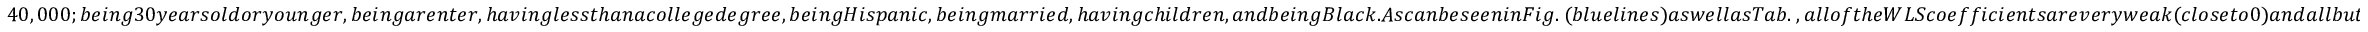
4 0 , 0 0 0 ; b e i n g 3 0 y e a r s o l d o r y o u n g e r , b e i n g a r e n t e r , h a v i n g l e s s t h a n a c o l l e g e d e g r e e , b e i n g H i s p a n i c , b e i n g m a r r i e d , h a v i n g c h i l d r e n , a n d b e i n g B l a c k . A s c a n b e s e e n i n F i g . ~ ( b l u e l i n e s ) a s w e l l a s T a b . ~ , a l l o f t h e W L S c o e f f i c i e n t s a r e v e r y w e a k ( c l o s e t o 0 ) a n d a l l b u t o n e a r e s t a t i s t i c a l l y i n s i g n i f i c a n t . T h e o n l y c o e f f i c i e n t t h a t i s s t a t i s t i c a l l y s i g n i f i c a n t i s p o s i t i v e a n d c o r r e s p o n d s t o t h e c h a r a c t e r i s t i c o f b e i n g H i s p a n i c . W e a l s o r e p e a t t h i s a n a l y s i s u s i n g O L S ( F i g . ~ , r e d l i n e s ) t o n o t o b s c u r e t h e e f f e c t o f t h e w e i g h t s o f